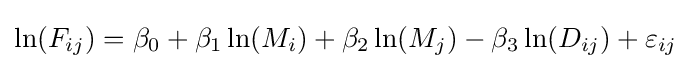
\ln(F_{ij})=\beta _{0}+\beta _{1}\ln(M_{i})+\beta _{2}\ln(M_{j})-\beta _{3}\ln(D_{ij})+\varepsilon _{ij}